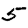
Digit: 5